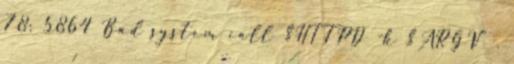
78: 5864 Bad system call $HTTPD -k $ARGV" .